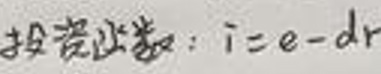
投资函数：$i = e - dr$